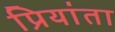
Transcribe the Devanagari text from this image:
प्रियांता